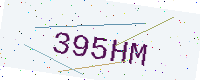
Text: 395HM